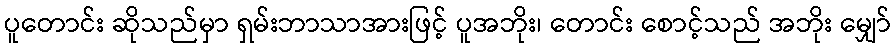
ပူတောင်း ဆိုသည်မှာ ရှမ်းဘာသာအားဖြင့် ပူအဘိုး၊ တောင်း စောင့်သည် အဘိုး မျှော်